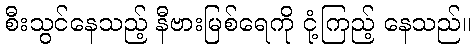
စီးသွင်နေသည့် နီဗားမြစ်ရေကို ငုံ့ကြည့် နေသည်။